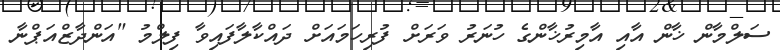
ސަލްމާން ޚާން އާއި އާމިރުޚާންގެ ހުނަރު ވަރަށް ފުރިހަމައަށް ދައްކާލާފައިވާ ފިލްމު "އަންދާޒްއަޕްނާ